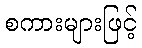
စကားများဖြင့်